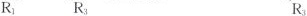
R_{1} R_{3} R_{3}